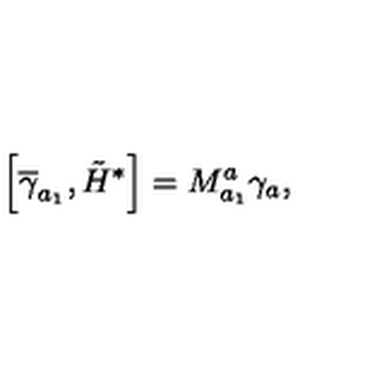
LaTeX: \left[ \overline { { \gamma } } _ { a _ { 1 } } , \tilde { H } ^ { * } \right] = M _ { a _ { 1 } } ^ { a } \gamma _ { a } ,